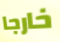
خارجا